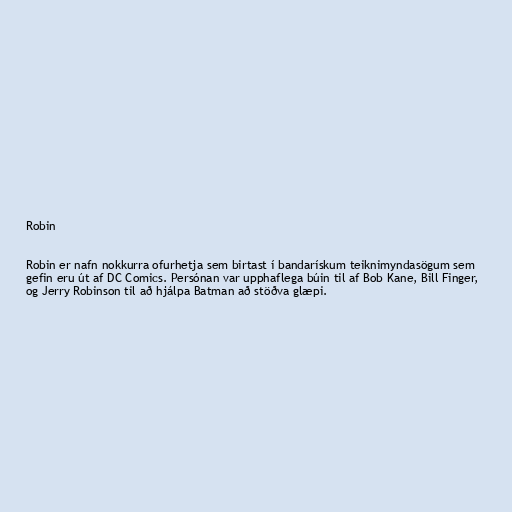
Robin

Robin er nafn nokkurra ofurhetja sem birtast í bandarískum teiknimyndasögum sem
gefin eru út af DC Comics. Persónan var upphaflega búin til af Bob Kane, Bill Finger,
og Jerry Robinson til að hjálpa Batman að stöðva glæpi.